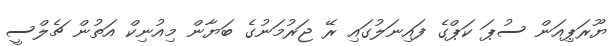
ޔޫރަޕިއަން ސުޕަ ކަޕްގެ ފައިނަލުގައި ރޭ ޖަރުމަނުގެ ބަޔާން މިއުނިކް އަތުން ޗެލްސީ